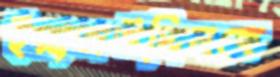
ইয়াজউদ্দিনকে